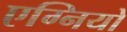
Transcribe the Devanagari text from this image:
एग्नियो